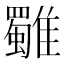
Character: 𩁍